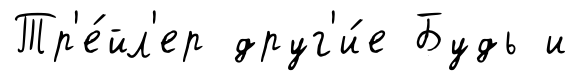
Тр'е́йл'ер друг'и́е Будь и